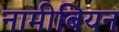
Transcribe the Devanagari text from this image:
नामीबियन